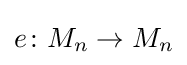
e\colon M_{n}\to M_{n}